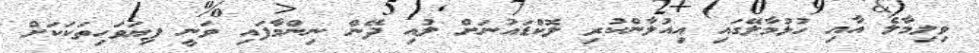
ވިލިމާލެ އާއި ހުޅުމާލޭގައި އިއުލާންކުރި ލޮކްޑައުނަށް ލުއި ދޭން ނިންމާފައި ވަނީ ފިޔަވަހިތަކަކަށް